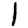
Digit: 1